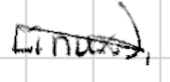
Text: Linux),
Cross-out: diagonal
Writing tool: digital_black